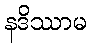
နဒိဿာမ